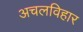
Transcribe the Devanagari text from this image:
अचलविहार